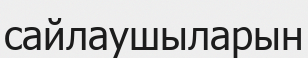
сайлаушыларын